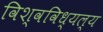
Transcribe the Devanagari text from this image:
विश्वविध्यल्य